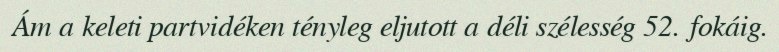
Ám a keleti partvidéken tényleg eljutott a déli szélesség 52. fokáig.